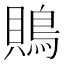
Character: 鵙